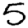
Digit: 5